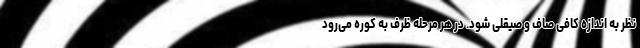
نظر به اندازه کافی صاف و صیقلی شود. در هر مرحله ظرف به کوره می‌رود